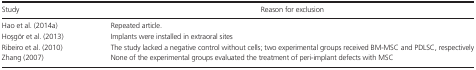
<table><thead><tr><td><b>Study</b></td><td><b>Reason for exclusion</b></td></tr></thead><tbody><tr><td>Hao et al. (2014a)</td><td>Repeated article.</td></tr><tr><td>Hoşgör et al. (2013)</td><td>Implants were installed in extraoral sites</td></tr><tr><td>Ribeiro et al. (2010)</td><td>The study lacked a negative control without cells; two experimental groups received BM‐MSC and PDLSC, respectively</td></tr><tr><td>Zhang (2007)</td><td>None of the experimental groups evaluated the treatment of peri‐implant defects with MSC</td></tr></tbody></table>